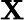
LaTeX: \boldsymbol{\mathbf{X}}